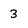
Character: 3